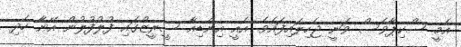
އެމީ ސްކިޕާވެސް ވަނީ ޖެހިލައިފައެވެ. އެއީ އިންޑިއާ ސީރީޒްގައި ފުލުފުލުން އޭނާ ހެދި